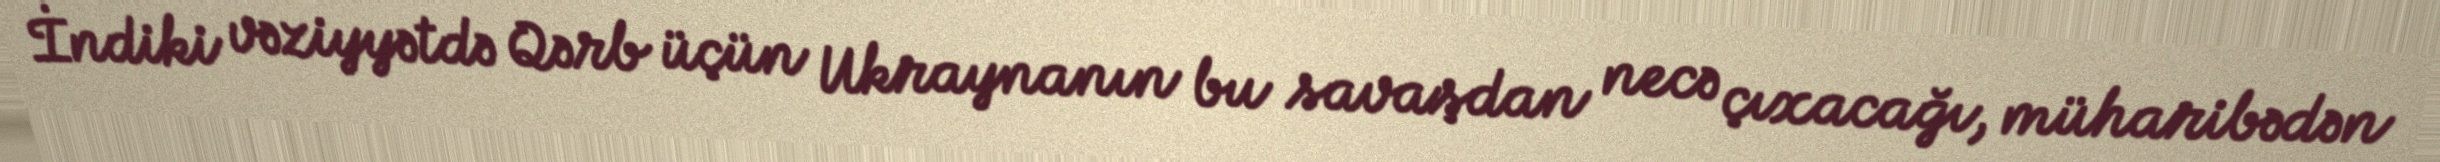
İndiki vəziyyətdə Qərb üçün Ukraynanın bu savaşdan necə çıxacağı, müharibədən